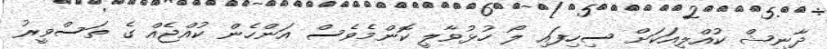
ދާނިޝް ކުއްލިއަކަށް ސިހިފައި ލޯ ހުޅުވާލީ ކޮންމެވެސް އަންހެން ކުއްޖެއް ގެ ތަސްވީރު